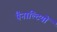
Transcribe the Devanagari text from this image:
पैनाल्टियों